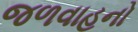
જળવાહનો